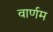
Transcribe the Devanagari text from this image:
वार्णम